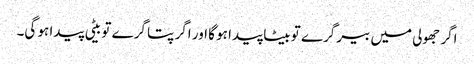
اگر جھولی میں بیر گرے تو بیٹا پیدا ہو گا اور اگر پتا گرے تو بیٹی پیدا ہو گی۔